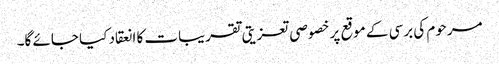
مرحوم کی برسی کے موقع پر خصوصی تعزیتی تقریبات کا انعقاد کیا جائے گا۔